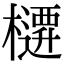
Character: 𭬜